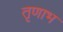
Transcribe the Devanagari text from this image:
तृणाभ